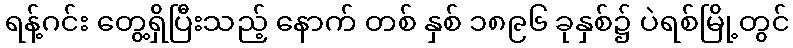
ရန့်ဂင်း တွေ့ရှိပြီးသည့် နောက် တစ် နှစ် ၁၈၉၆ ခုနှစ်၌ ပဲရစ်မြို့တွင်